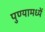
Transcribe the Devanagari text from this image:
पुण्यामध्यें